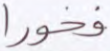
فخورا